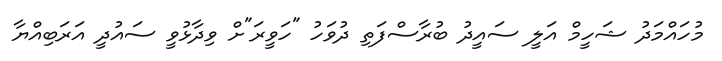
މުހައްމަދު ޝަހީމް އަލީ ސައީދު ބުރާސްފަތި ދުވަހު "ހަވީރަ"ށް ވިދާޅުވީ ސައުދީ އަރަބިއްޔާ